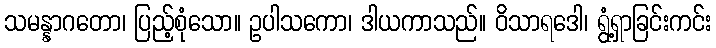
သမန္နာဂတော၊ ပြည့်စုံသော။ ဥပါသကော၊ ဒါယကာသည်။ ဝိသာရဒေါ၊ ရွံ့ရှာခြင်းကင်း